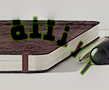
النتنة